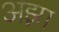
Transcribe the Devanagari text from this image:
अझ़ा